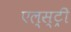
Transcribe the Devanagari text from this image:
एल्स्ट्री